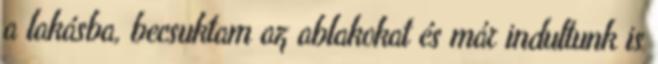
a lakásba, becsuktam az ablakokat és már indultunk is